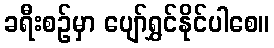
ခရီးစဉ်မှာ ပျော်ရွှင်နိုင်ပါစေ။